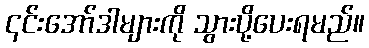
၎င်းအော်ဒါများကို သွားပို့ပေးရမည်။